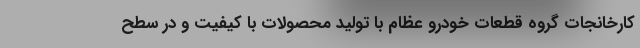
کارخانجات گروه قطعات خودرو عظام با تولید محصولات با کیفیت و در سطح